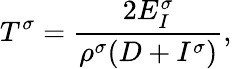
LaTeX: T^{\sigma}=\frac{2E_{I}^{\sigma}}{\rho^{\sigma}(D+I^{\sigma})},